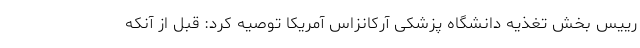
رییس بخش تغذیه دانشگاه پزشکی آرکانزاس آمریکا توصیه کرد: قبل از آنکه